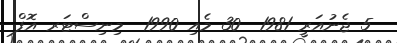
5 ޖެނުއަރީ 1981  30 މެއި 1990  މިނިސްޓަރ އޮފް